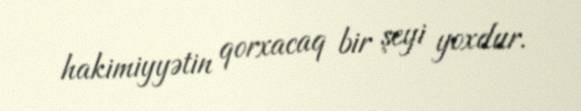
hakimiyyətin qorxacaq bir şeyi yoxdur.